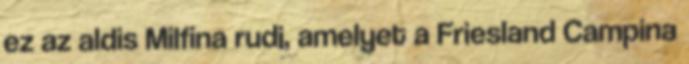
ez az aldis Milfina rudi, amelyet a Friesland Campina